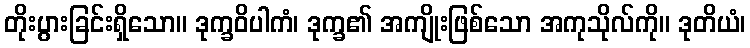
တိုးပွားခြင်းရှိသော။ ဒုက္ခဝိပါကံ၊ ဒုက္ခ၏ အကျိုးဖြစ်သော အကုသိုလ်ကို။ ဒုတိယံ၊